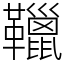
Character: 䪉